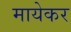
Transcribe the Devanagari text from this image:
मायेकर